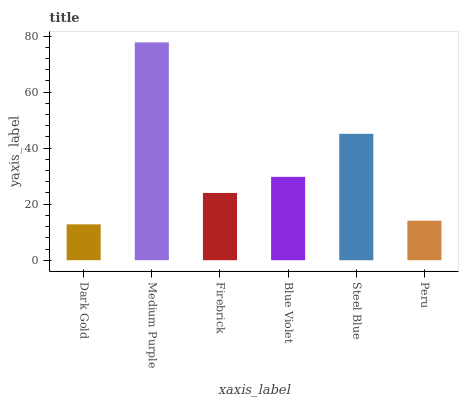
| xaxis_label | bars |
 | --- | --- |
 | Dark Gold | 12.8 |
 | Medium Purple | 77.8 |
 | Firebrick | 24 |
 | Blue Violet | 29.8 |
 | Steel Blue | 45.1 |
 | Peru | 14.1 |